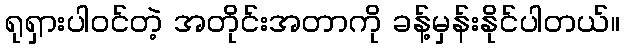
ရုရှားပါဝင်တဲ့ အတိုင်းအတာကို ခန့်မှန်းနိုင်ပါတယ်။